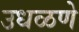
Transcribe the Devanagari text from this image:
उधळणे